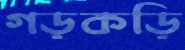
গড়কড়ি